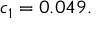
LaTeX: c _ { 1 } = 0 . 0 4 9 .